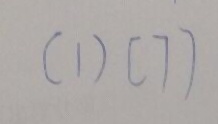
( 1 ) [ 7 ]